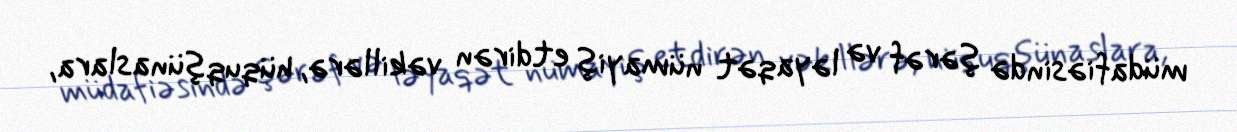
müdafiəsində şərəf və ləyaqət nümayiş etdirən vəkillərə, hüquqşünaslara,